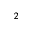
^ 2